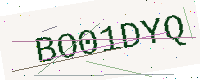
Text: BO01DYQ